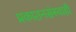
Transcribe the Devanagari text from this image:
प्रकाशनसंस्थाही